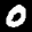
Label: 0